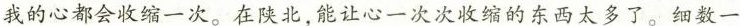
我的心都会收缩一次。在陕北，能让心一次次收缩的东西太多了。细数一